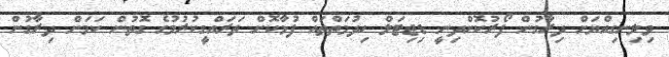
ވިލިނގިއްޔަށް ދިރާގުން ފޯރުކޮށްދިނީ ޑިޖިޓަލް ހިދުމަތްތައް ފުޅާކޮށް ތަރައްގީކުރުމުގެ ގޮތުން ކަމަށް ދިރާގުން